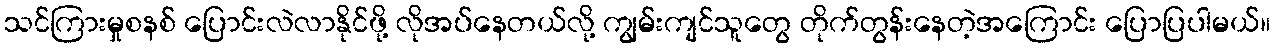
သင်ကြားမှုစနစ် ပြောင်းလဲလာနိုင်ဖို့ လိုအပ်နေတယ်လို့ ကျွမ်းကျင်သူတွေ တိုက်တွန်းနေတဲ့အကြောင်း ပြောပြပါမယ်။